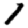
Digit: 1